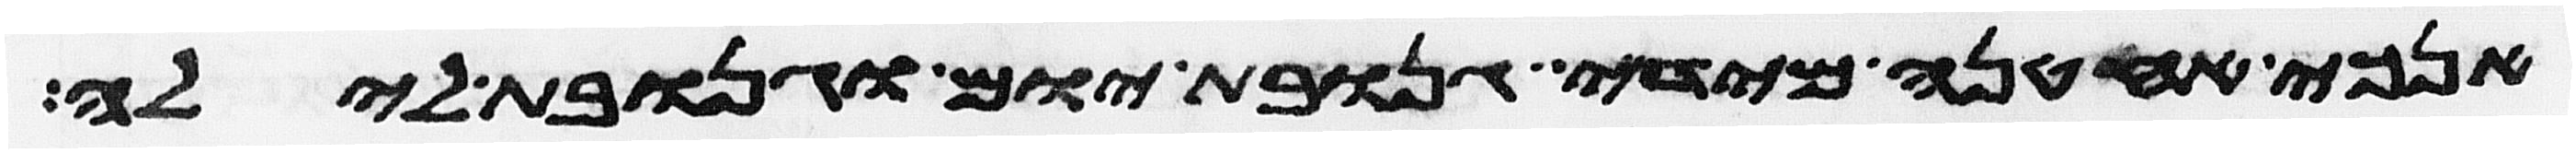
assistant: אנכי אחטנה מידי גנובת יום וגנובת לילה